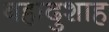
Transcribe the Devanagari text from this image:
बहादुशाह